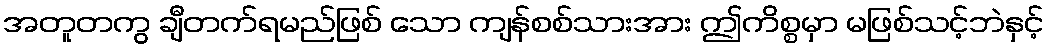
အတူတကွ ချီတက်ရမည်ဖြစ် သော ကျန်စစ်သားအား ဤကိစ္စမှာ မဖြစ်သင့်ဘဲနှင့်